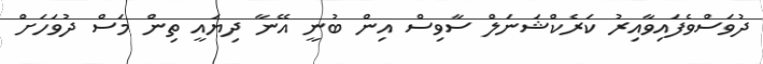
ދުވަސްވެފައިވާއިރު ކަރެކްޝަނަލް ސާވިސް އިން ބުނީ އޭނާ ދިޔައީ ތިން މަސް ދުވަހަށް